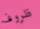
ظروف